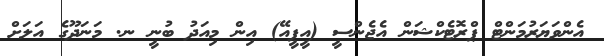
އެންވަޔަރުމަންޓް ޕްރޮޓެކްޝަން އެޖެންސީ (އީޕީއޭ) އިން މިއަދު ބުނީ ނ. މަނަދޫގެ އަލަށް